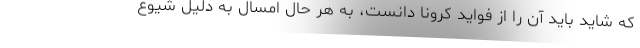
که شاید باید آن را از فواید کرونا دانست، به هر حال امسال به دلیل شیوع